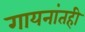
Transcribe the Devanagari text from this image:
गायनांतही